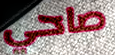
صاحي